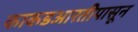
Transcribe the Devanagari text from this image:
काकडआरतीपासून